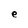
Character: e